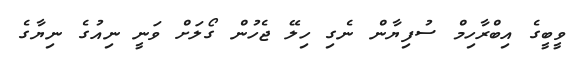
ވީބީގެ އިބްރާހިމް ސުފިޔާން ނެގި ހިލޭ ޖެހުން ގޯލަށް ވަނީ ނިއުގެ ނިޔާގެ